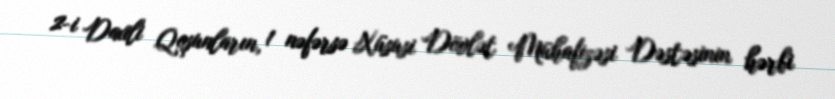
2-i Daxili Qoşunların, 1 nəfərsə Xüsusi Dövlət Mühafizəsi Dəstəsinin hərbi